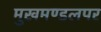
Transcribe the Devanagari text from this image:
मुखमण्डलपर